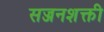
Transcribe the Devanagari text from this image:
सज्जनशक्ती